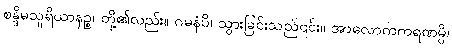
စန္ဒိမသူရိယာနဉ္စ၊ တို့၏လည်း။ ဂမနံပိ၊ သွားခြင်းသည်၎င်း။ အာလောကကရဏမ္ပိ၊